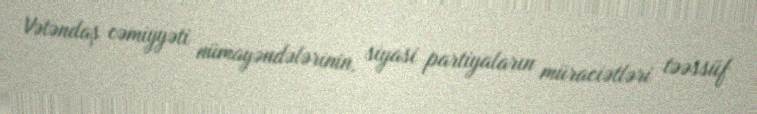
Vətəndaş cəmiyyəti nümayəndələrinin, siyasi partiyaların müraciətləri təəssüf